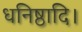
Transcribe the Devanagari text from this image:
धनिष्ठादि।